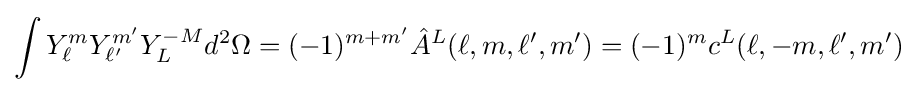
\int Y_{\ell }^{m}Y_{\ell '}^{m'}Y_{L}^{-M}d^{2}\Omega =(-1)^{m+m'}{\hat {A}}^{L}(\ell ,m,\ell ',m')=(-1)^{m}c^{L}(\ell ,-m,\ell ',m')